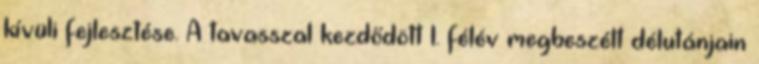
kívüli fejlesztése. A tavasszal kezdődött 1. félév megbeszélt délutánjain